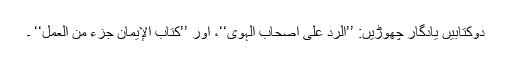
دوکتابیں یادگار چھوڑیں: ’’الرد علی أصحاب الہوی‘‘، اور ’’کتاب الإیمان جزء من العمل‘‘ ۔